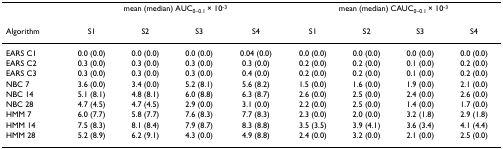
|  | <COLSPAN=4> mean (median) AUC0–0.1 × 10-3 | <COLSPAN=4> mean (median) CAUC0–0.1 × 10-3 |
 | --- | --- | --- | --- | --- | --- | --- | --- | --- |
 | Algorithm | S1 | S2 | S3 | S4 | S1 | S2 | S3 | S4 |
 | EARS C1 | 0.0 (0.0) | 0.0 (0.0) | 0.0 (0.0) | 0.04 (0.0) | 0.0 (0.0) | 0.0 (0.0) | 0.0 (0.0) | 0.0 (0.0) |
 | EARS C2 | 0.3 (0.0) | 0.3 (0.0) | 0.3 (0.0) | 0.3 (0.0) | 0.2 (0.0) | 0.2 (0.0) | 0.1 (0.0) | 0.2 (0.0) |
 | EARS C3 | 0.3 (0.0) | 0.3 (0.0) | 0.3 (0.0) | 0.4 (0.0) | 0.2 (0.0) | 0.2 (0.0) | 0.1 (0.0) | 0.2 (0.0) |
 | NBC 7 | 3.6 (0.0) | 3.4 (0.0) | 5.2 (8.1) | 5.6 (8.2) | 1.5 (0.0) | 1.6 (0.0) | 1.9 (0.0) | 2.1 (0.0) |
 | NBC 14 | 5.1 (8.1) | 4.8 (8.1) | 6.0 (8.8) | 6.3 (8.7) | 2.6 (0.0) | 2.5 (0.0) | 2.4 (0.0) | 2.6 (0.0) |
 | NBC 28 | 4.7 (4.5) | 4.7 (4.5) | 2.9 (0.0) | 3.1 (0.0) | 2.2 (0.0) | 2.5 (0.0) | 1.4 (0.0) | 1.7 (0.0) |
 | HMM 7 | 6.0 (7.7) | 5.8 (7.7) | 7.6 (8.3) | 7.7 (8.3) | 2.3 (0.0) | 2.0 (0.0) | 3.2 (1.8) | 2.9 (1.8) |
 | HMM 14 | 7.5 (8.3) | 8.1 (8.4) | 7.9 (8.7) | 8.3 (8.8) | 3.5 (3.5) | 3.9 (4.1) | 3.6 (3.4) | 4.1 (4.4) |
 | HMM 28 | 5.2 (8.9) | 6.2 (9.1) | 4.3 (0.0) | 4.9 (8.8) | 2.4 (0.0) | 3.2 (0.0) | 2.1 (0.0) | 2.5 (0.0) |